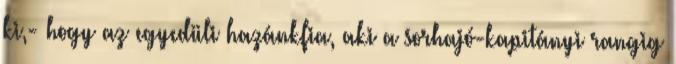
ki,- hogy az egyedüli hazánkfia, aki a sorhajó-kapitányi rangig